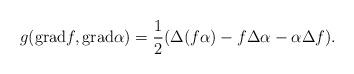
LaTeX: \begin{align*}g({\rm grad}f,{\rm grad}\alpha)=\frac{1}{2}(\Delta(f\alpha)-f\Delta\alpha-\alpha\Delta f).\end{align*}